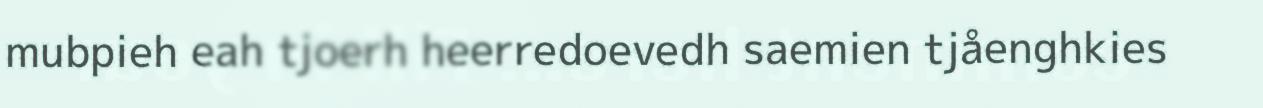
mubpieh eah tjoerh heerredoevedh saemien tjåenghkies